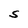
Character: S